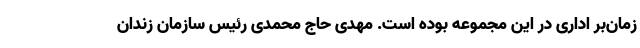
زمان‌بر اداری در این مجموعه بوده است. مهدی حاج محمدی رئیس سازمان زندان